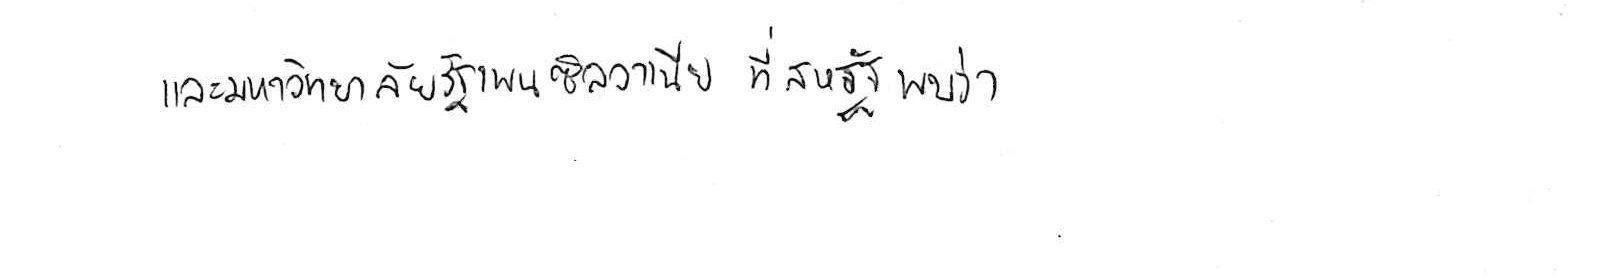
และมหาวิทยาลัยรัฐเพนซิลวาเนีย ที่สหรัฐ พบว่า